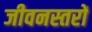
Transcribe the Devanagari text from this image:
जीवनस्तरों